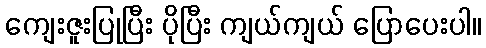
ကျေးဇူးပြုပြီး ပိုပြီး ကျယ်ကျယ် ပြောပေးပါ။